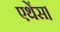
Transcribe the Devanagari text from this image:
एथेंस।